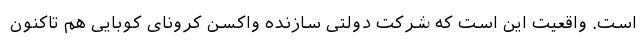
است. واقعیت این است که شرکت دولتی سازنده واکسن کرونای کوبایی هم تاکنون